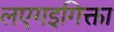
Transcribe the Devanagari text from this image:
लएगइगिक्ता